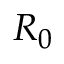
R _ { 0 }